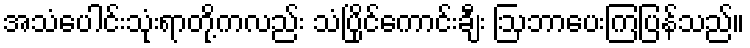
အသံပေါင်းသုံးရာတို့ကလည်း သံပြိုင်ကောင်းချီး ဩဘာပေးကြပြန်သည်။